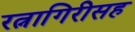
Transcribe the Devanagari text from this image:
रत्नागिरीसह